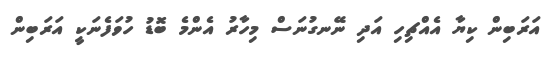
އަރަބިން ކިޔާ އެއްޗިހި އަދި ނޭނގުނަސް މިހާރު އެންމެ ބޮޑު ހުވަފެނަކީ އަރަބިން